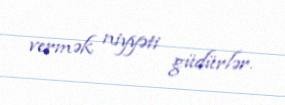
vermək niyyəti güdürlər.